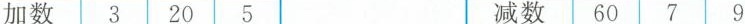
加数3 20 5 减数 60 7 9